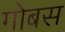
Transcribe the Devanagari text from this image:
गोबस